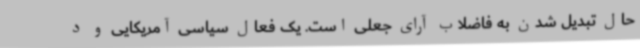
حال تبدیل شدن به فاضلاب آرای جعلی است. یک فعال سیاسی آمریکایی و د